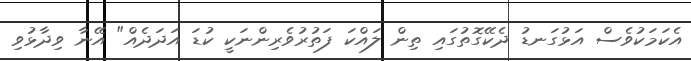
އެކަމަކުވެސް އަޅުގަނޑު ދެކޭގޮތުގައި ތިން ލައްކަ ފަތުރުވެރިންނަކީ ކުޑަ އަދަދެއް" އޭނާ ވިދާޅުވި